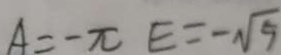
A = - \pi E = - \sqrt { 5 }